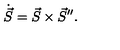
\dot { \vec { S } } = \vec { S } \times \vec { S } ^ { \prime \prime } .